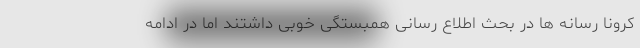
کرونا رسانه ها در بحث اطلاع رسانی همبستگی خوبی داشتند اما در ادامه